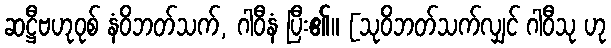
ဆဋ္ဌီဗဟုဝုစ် နံဝိဘတ်သက်, ဂါဝီနံ ပြီး၏။ [သုဝိဘတ်သက်လျှင် ဂါဝီသု ဟု